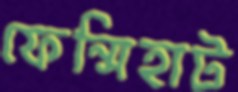
ফেন্সিহাট